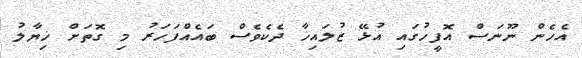
އެހެން ނޫނަސް އޮފީހުގައި އުޅޭ ޒުލައިޚާ ދެކެވެސް ބައެއްފަހަރު މި ގޮތަށް ޚިޔާލު